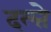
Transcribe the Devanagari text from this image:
दल्ते